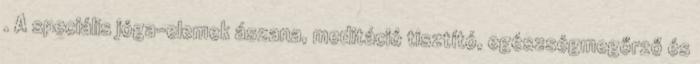
. A speciális jóga-elemek ászana, meditáció tisztító, egészségmegőrző és